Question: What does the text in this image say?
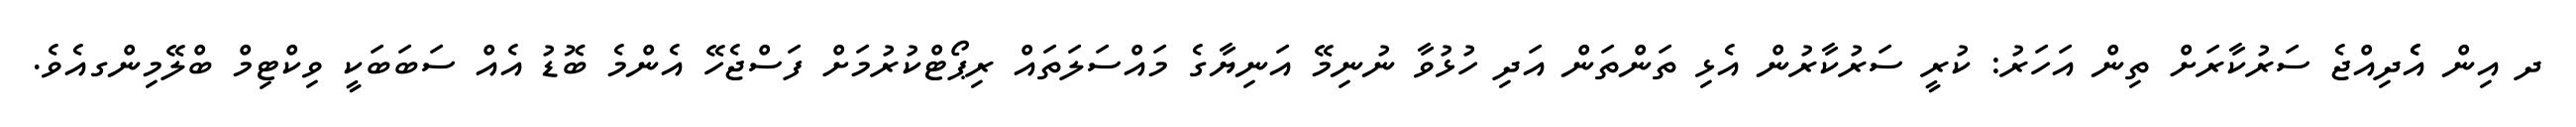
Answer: ދ އިން އެެދިއްޖެ ސަރުކާރަށް ތިން އަހަރު: ކުރީ ސަރުކާރުން އެޅި ތަންތަން އަދި ހުޅުވާ ނުނިމޭ އަނިޔާގެ މައްސަލަތައް ރިޕޯޓްކުރުމަށް ފަސްޖެހޭ އެންމެ ބޮޑު އެއް ސަބަބަކީ ވިކްޓިމް ބްލޭމިންގއެވެ.